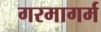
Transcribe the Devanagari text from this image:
गरमागर्म